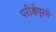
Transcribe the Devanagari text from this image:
परीक्षेपुरते